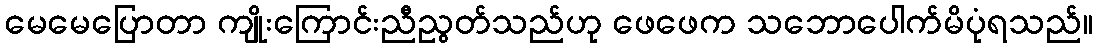
မေမေပြောတာ ကျိုးကြောင်းညီညွတ်သည်ဟု ဖေဖေက သဘောပေါက်မိပုံရသည်။